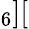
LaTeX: _6][